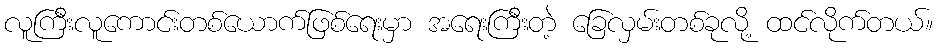
လူကြီးလူကောင်းတစ်ယောက်ဖြစ်ရေးမှာ အရေးကြီးတဲ့ ခြေလှမ်းတစ်ခုလို့ ထင်လိုက်တယ်။